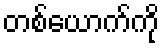
တစ်ယောက်ကို